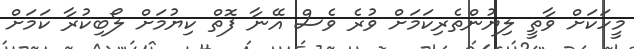
މީހަކަށް ވާތީ ލިޔުންތެރިކަމަށް ވުރެ ވެސް އޭނާ ފޮތް ކިޔުމަށް ލޯބިކުރާ ކަމަށް